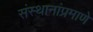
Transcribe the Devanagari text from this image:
संस्थानांप्रमाणे